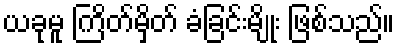
ယခုမူ ကြိတ်မှိတ် ခံခြင်းမျိုး ဖြစ်သည်။